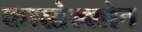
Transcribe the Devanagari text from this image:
कास्तेल्लोन